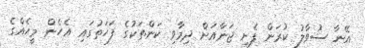
އޭނާ ސުވާލު ކުރަން ފެށީ ޖަނާއަށް ދިމާވި ކަންތަކުގެ ފަހަތުގައި އެހެން މީހެއްގެ